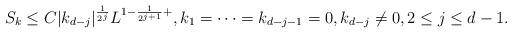
LaTeX: \begin{align*}S_{k}\leq C|k_{d-j}|^{\frac{1}{2^{j}}}L^{1-\frac{1}{2^{j+1}}+},k_1=\cdots=k_{d-j-1}=0,k_{d-j}\neq0,2\leq j \leq d-1 .\end{align*}